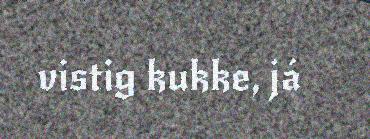
vistig kukke, já